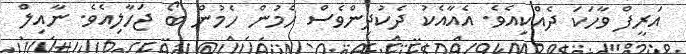
އަރީފް ވާހަކަ ދެއްކިއެވެ. އެއާއެކު ދެކުދިންވެސް ހެމުން ހެމުން ބޯ ޖަހާލިއެވެ. ނާއިލް